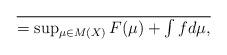
LaTeX: \begin{align*}\over=\sup_{\mu \in M(X)} F(\mu)+\int fd\mu, \end{align*}